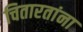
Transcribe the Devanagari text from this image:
चितारतांना